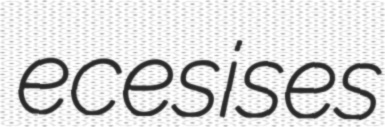
ecesises